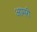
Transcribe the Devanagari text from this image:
आमरी